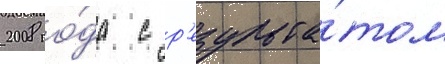
2008 го́да с р'езульта́том